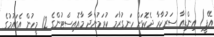
އޭޕީ) އިންޑިއާ ސަރުކާރާ ދެކޮޅަށް ހަނގުރާމަ ކުރަމުންދާ މާއޮއިސްޓުންގެ 12 މީހުން އެގައުމުގެ